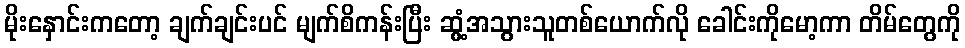
မိုးနှောင်းကတော့ ချက်ချင်းပင် မျက်စိကန်းပြီး ဆွံ့အသွားသူတစ်ယောက်လို ခေါင်းကိုမော့ကာ တိမ်တွေကို